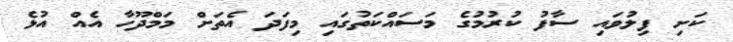
ކަށި ފިލުވައި ސާފު ކުރުމުގެ މަސައްކަތުގައި މިފަދަ އެތަށް މަމްދޫހާ އެއް އުޅެ